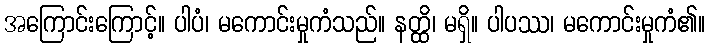
အကြောင်းကြောင့်။ ပါပံ၊ မကောင်းမှုကံသည်။ နတ္ထိ၊ မရှိ။ ပါပဿ၊ မကောင်းမှုကံ၏။